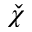
\check { \chi }